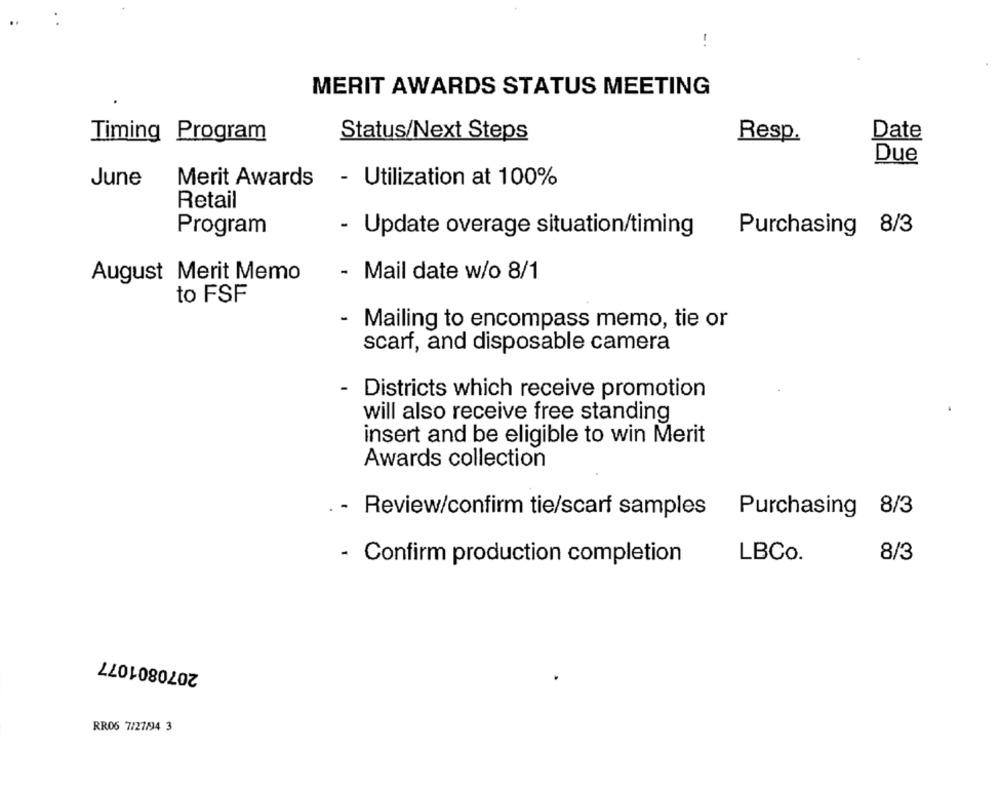
-.
MERIT AWARDS STATUS MEETING
Date
Timing Program
Status/Next Steps
Resp.
Due
June
Merit Awards - Utilization at 100%
Retail
Program
- Update overage situation/timing
Purchasing 8/3
August Merit Memo
- Mail date w/o 8/1
to FSF
-
Mailing to encompass memo, tie or
scarf, and disposable camera
- Districts which receive promotion
will also receive free standing
insert and be eligible to win Merit
Awards collection
. - Review/confirm tie/scarf samples
Purchasing 8/3
- Confirm production completion
LBCo.
8/3
2070801077
RR06 7/27/94 3